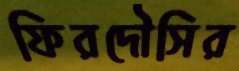
ফিরদৌসির